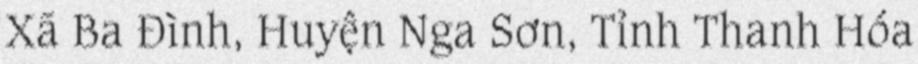
Xã Ba Đình, Huyện Nga Sơn, Tỉnh Thanh Hóa